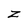
Character: Z